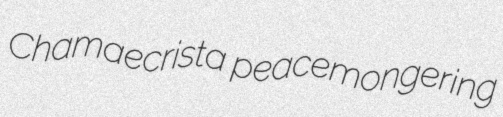
Chamaecrista peacemongering